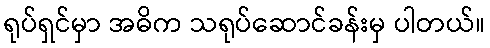
ရုပ်ရှင်မှာ အဓိက သရုပ်ဆောင်ခန်းမှ ပါတယ်။